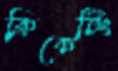
ক্রিকেটিং